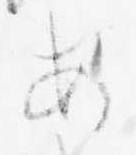
あ